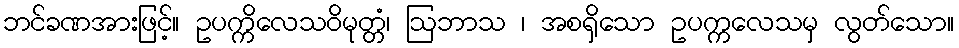
ဘင်ခဏအားဖြင့်။ ဥပက္ကိလေသဝိမုတ္တံ၊ ဩဘာသ ၊ အစရှိသော ဥပက္ကလေသမှ လွတ်သော။